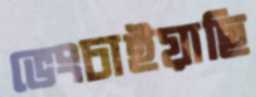
ভেংচাইয়াছি